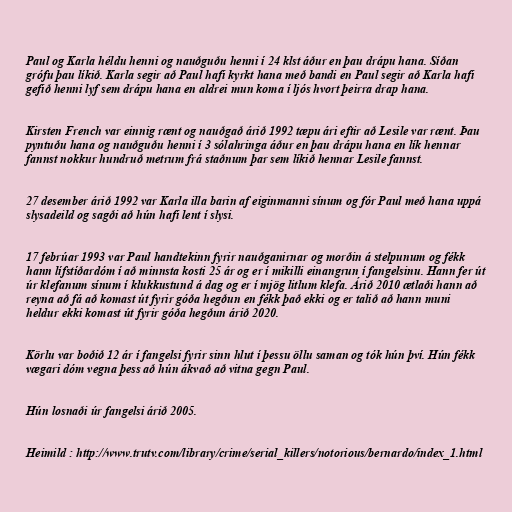
Paul og Karla héldu henni og nauðguðu henni í 24 klst áður en þau drápu hana. Síðan
grófu þau líkið. Karla segir að Paul hafi kyrkt hana með bandi en Paul segir að Karla hafi
gefið henni lyf sem drápu hana en aldrei mun koma í ljós hvort þeirra drap hana.

Kirsten French var einnig rænt og nauðgað árið 1992 tæpu ári eftir að Lesile var rænt. Þau
pyntuðu hana og nauðguðu henni í 3 sólahringa áður en þau drápu hana en lík hennar
fannst nokkur hundruð metrum frá staðnum þar sem líkið hennar Lesile fannst.

27 desember árið 1992 var Karla illa barin af eiginmanni sínum og fór Paul með hana uppá
slysadeild og sagði að hún hafi lent í slysi.

17 febrúar 1993 var Paul handtekinn fyrir nauðganirnar og morðin á stelpunum og fékk
hann lífstíðardóm í að minnsta kosti 25 ár og er í mikilli einangrun í fangelsinu. Hann fer út
úr klefanum sínum í klukkustund á dag og er í mjög litlum klefa. Árið 2010 ætlaði hann að
reyna að fá að komast út fyrir góða hegðun en fékk það ekki og er talið að hann muni
heldur ekki komast út fyrir góða hegðun árið 2020.

Körlu var boðið 12 ár í fangelsi fyrir sinn hlut í þessu öllu saman og tók hún því. Hún fékk
vægari dóm vegna þess að hún ákvað að vitna gegn Paul.

Hún losnaði úr fangelsi árið 2005.

Heimild : http://www.trutv.com/library/crime/serial_killers/notorious/bernardo/index_1.html